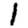
Digit: 1